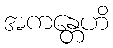
အကန္တေဟိ